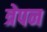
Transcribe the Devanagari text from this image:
त्रेपन